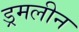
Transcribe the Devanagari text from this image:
ड्रमलीन